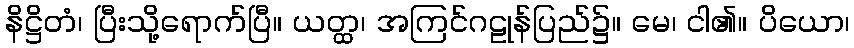
နိဋ္ဌိတံ၊ ပြီးသို့ရောက်ပြီ။ ယတ္ထ၊ အကြင်ဂဠုန်ပြည်၌။ မေ၊ ငါ၏။ ပိယော၊